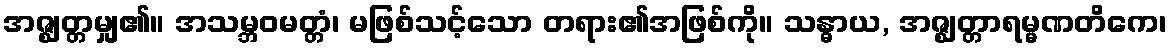
အဇ္ဈတ္တမျှ၏။ အသမ္ဘဝမတ္တံ၊ မဖြစ်သင့်သော တရား၏အဖြစ်ကို။ သန္ဓာယ, အဇ္ဈတ္တာရမ္မဏတိကေ၊